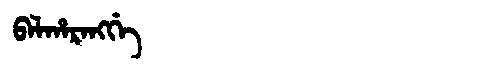
Manchu: ᠪᠠᠯᡥᠠᡵᠠᠩᡤᡝ
Romanization: BALHARANGGE